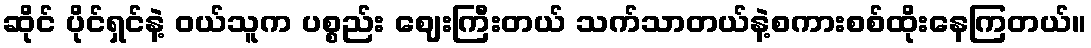
ဆိုင် ပိုင်ရှင်နဲ့ ဝယ်သူက ပစ္စည်း ဈေးကြီးတယ် သက်သာတယ်နဲ့စကားစစ်ထိုးနေကြတယ်။